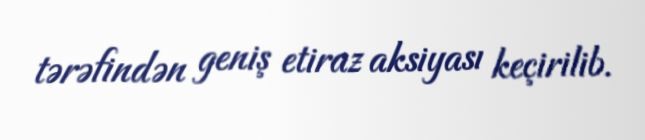
tərəfindən geniş etiraz aksiyası keçirilib.